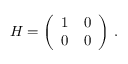
H = \left( \begin{array} { l l } { 1 } & { 0 } \\ { 0 } & { 0 } \end{array} \right) \, .